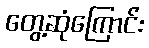
တွေ့ဆုံကြောင်း